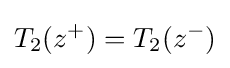
T_{2}(z^{+})=T_{2}(z^{-})